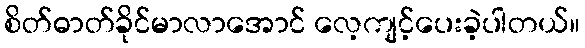
စိတ်ဓာတ်ခိုင်မာလာအောင် လေ့ကျင့်ပေးခဲ့ပါတယ်။